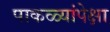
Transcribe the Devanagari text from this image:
पाकळ्यांपेक्षा